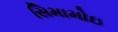
સિમામોઇ